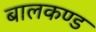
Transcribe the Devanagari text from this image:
बालकण्ड